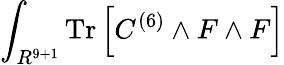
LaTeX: \int_{R^{9+1}}\mathrm{Tr}\left[C^{(6)}\wedge F\wedge F\right]